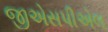
જીએસપીએલ